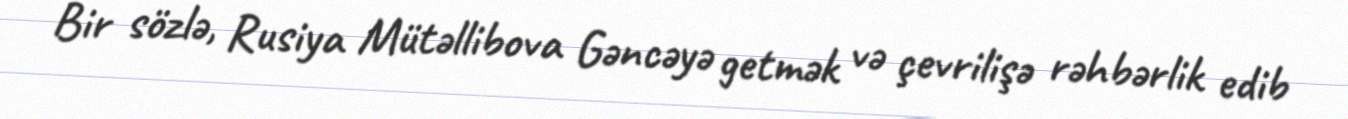
Bir sözlə, Rusiya Mütəllibova Gəncəyə getmək və çevrilişə rəhbərlik edib